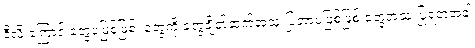
ဒီလို ကြောင့် တွေပဲဖြစ်ဖြစ်၊ တွေကို တွေချိတ်ဆက်အသုံးပြုတာပဲဖြစ်ဖြစ် တွေအသုံးပြုရတဲ့အခါ